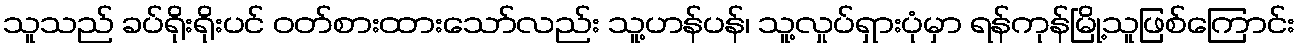
သူသည် ခပ်ရိုးရိုးပင် ဝတ်စားထားသော်လည်း သူ့ဟန်ပန်၊ သူ့လှုပ်ရှားပုံမှာ ရန်ကုန်မြို့သူဖြစ်ကြောင်း